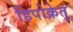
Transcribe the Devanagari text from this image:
हिपोक्रेतु